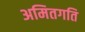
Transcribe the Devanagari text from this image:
अमितगति